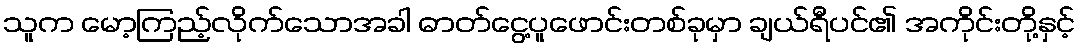
သူက မော့ကြည့်လိုက်သောအခါ ဓာတ်ငွေ့ပူဖောင်းတစ်ခုမှာ ချယ်ရီပင်၏ အကိုင်းတို့နှင့်